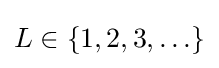
L\in \{1,2,3,\ldots \}